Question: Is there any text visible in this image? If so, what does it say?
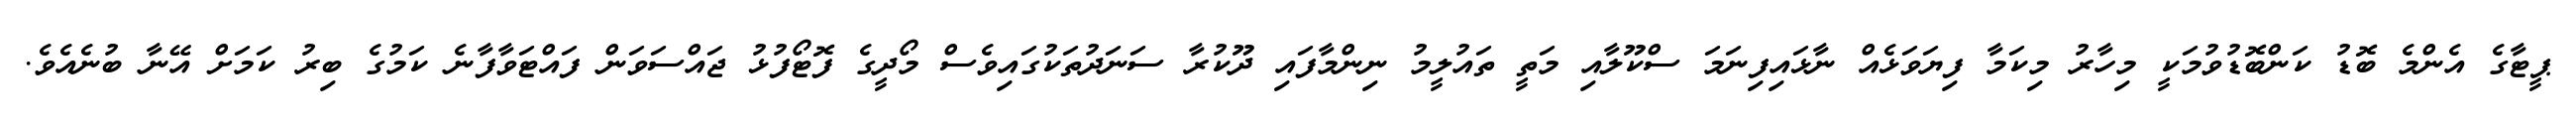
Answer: ޕީޓާގެ އެންމެ ބޮޑު ކަންބޮޑުވުމަކީ މިހާރު މިކަމާ ފިޔަވަޅެއް ނާޅައިފިނަމަ ސްކޫލާއި މަތީ ތައުލީމު ނިންމާފައި ދޫކުރާ ސަނަދުތަކުގައިވެސް މޯދީގެ ފޮޓޯފުޅު ޖައްސަވަން ފައްޓަވާފާނެ ކަމުގެ ބިރު ކަމަށް އޭނާ ބުނެއެވެ.